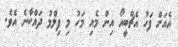
އެއަށް ފަހު އެޗްބީއޯ އިން މެއި މަހު މި ފިލްމު ދައްކާނެ އެވެ.